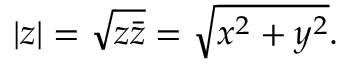
| z | = { \sqrt { z { \bar { z } } } } = { \sqrt { x ^ { 2 } + y ^ { 2 } } } .